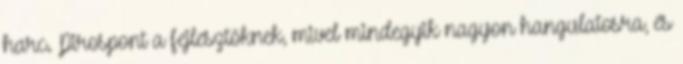
harc. Pirospont a fejlesztőknek, mivel mindegyik nagyon hangulatosra, és